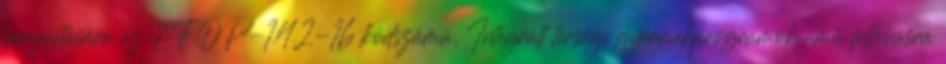
benyújtására az EFOP-1.4.2-16 kódszámú, Integrált térségi gyermekprogramok című felhívásra